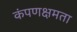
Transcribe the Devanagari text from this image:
कंपणक्षमता